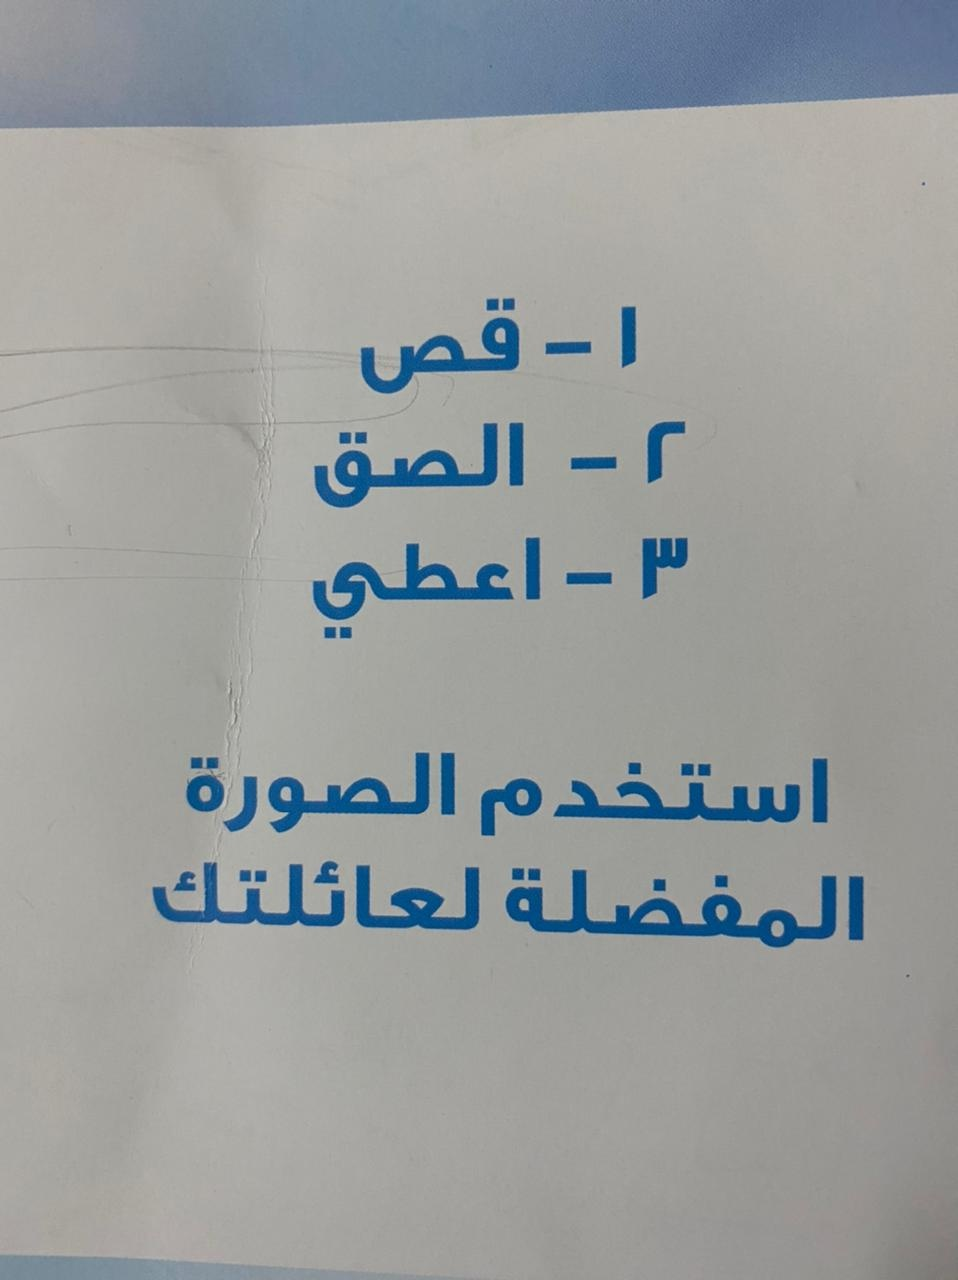
Text in image: 1 قص 2 الصق 3 اعطي الصورة استخدم لعائلتك المفضلة